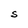
Character: S